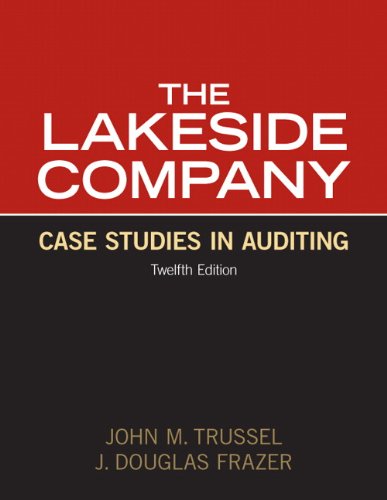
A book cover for Lakeside Company: Case Studies in Auditing (12th Edition); John M. Trussel; Business & Money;